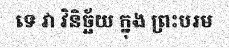
ទេ វា វិនិច្ឆ័យ ក្នុង ព្រះបរម